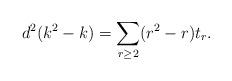
LaTeX: \begin{align*}d^{2} (k^{2}-k) = \sum_{r \geq 2} (r^{2} - r)t_{r}.\end{align*}